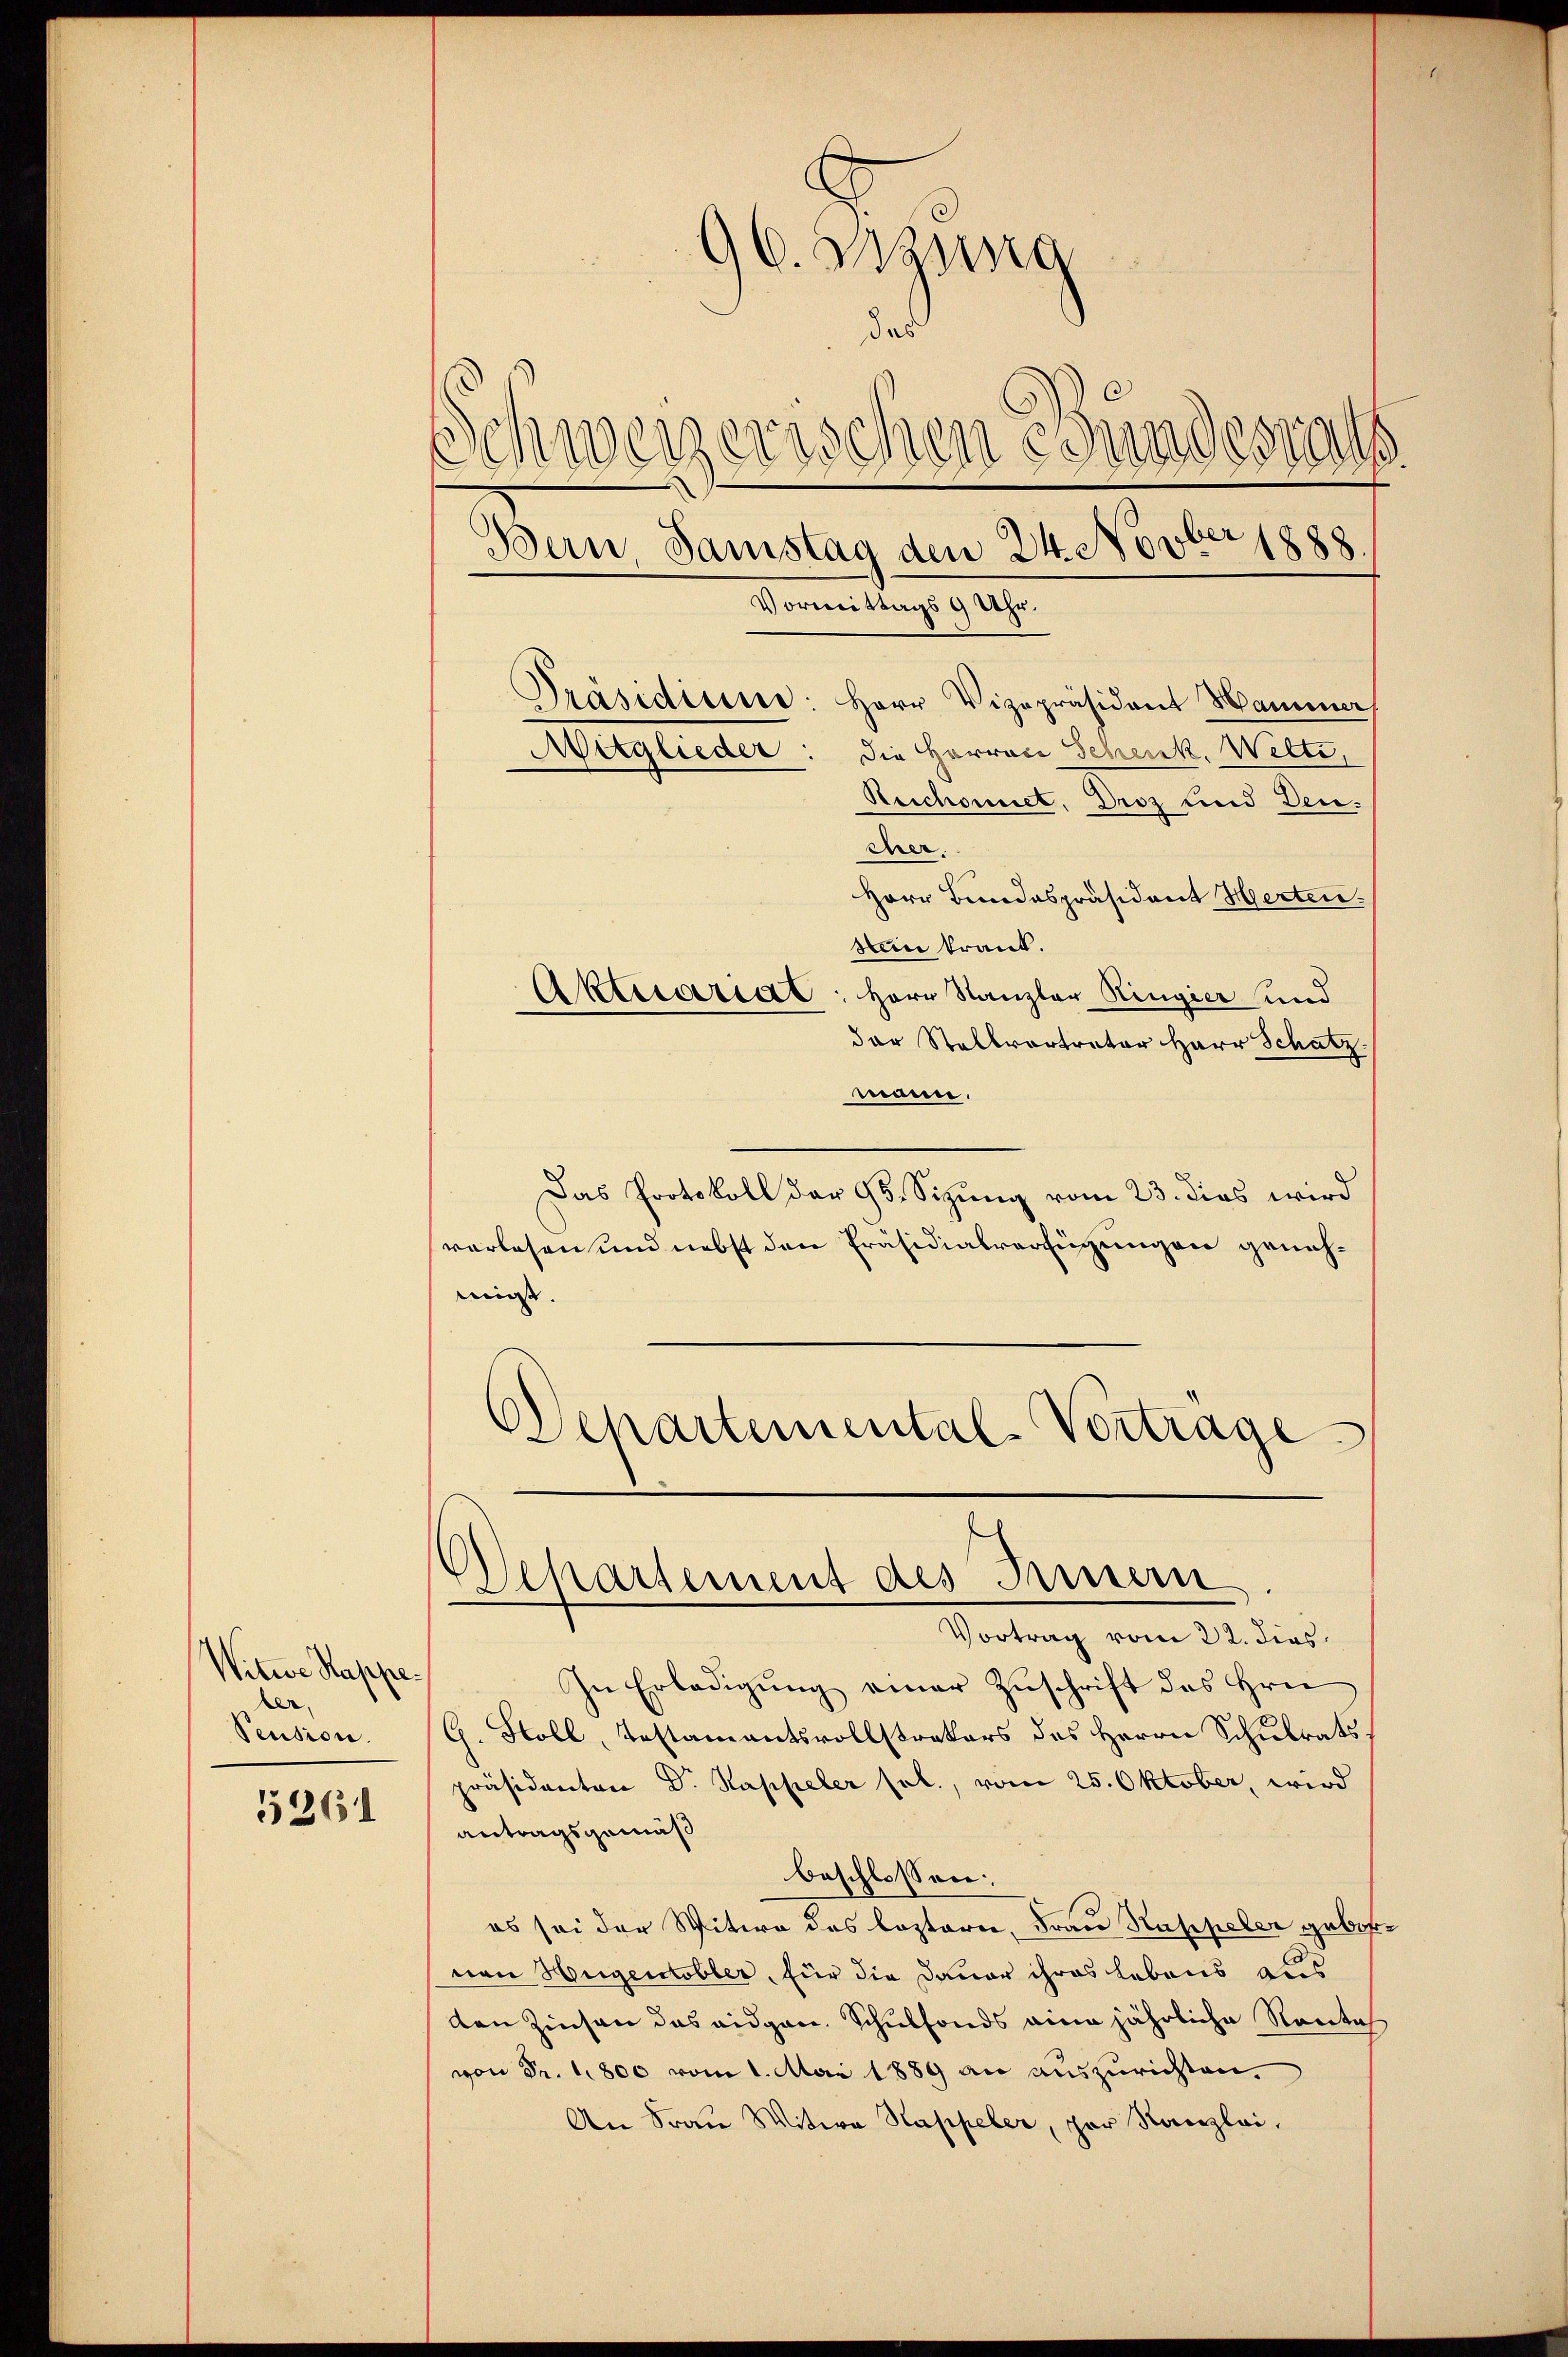
Witwe Kappe¬
Pension.

5261

96. Bzung
das
Schweizerischen esundesrat
Bern, Samstag den 24. Novber 1888.

Präsidiene. Herr Vizepräsident Hammer
die Herrner Schenk. Welte,
Reichnet. Droz und dencrer.
Herr Bundespräsident Herten.
Stein krank.
Aktuariat: Herr Kanzler Ringier und
der Stellvertreter Herr Schatz
mann.
Das Protokoll der 95. Sizung vom 23. dies wird
verlesen und nebst den Präsidialverfügungen genehmigt.
Schartemental-Vertrage

Vormittags 9 Uhr.

Mitglieder

d
chartement des Innern

Vortrag vom 22. dies
In Erledigŭng einer Zŭschrift des Hrn.
h. Holl, Testamentsvollstrakers des Herrn Schulrats
präsidenten Dr. Kappeler sel., vom 25. Oktober, wird
antragsgemäß
beschlossen:
es sei der Witwe des bestern, Frau Rappeler gebornen Hugentobler, für die Dauer ihres Lebens aus
den Zinsen das eidgen. Schulfonds eine jährliche Nantas
von Fr. 1800 vom 1. Mai 1889 an auszurichten.
An Frau Witwe Kappeler, per Kanzlei.